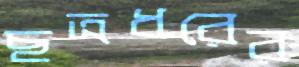
ছত্রধরের